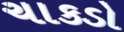
ચાકડો